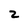
Character: 2